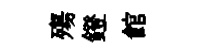
殤鐙館